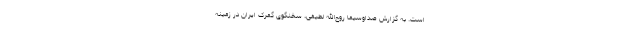
است. به گزارش صداوسیما روح‌الله لطیفی، سخنگوی گمرک ایران در زمینه